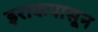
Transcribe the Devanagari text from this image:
इराकपासून